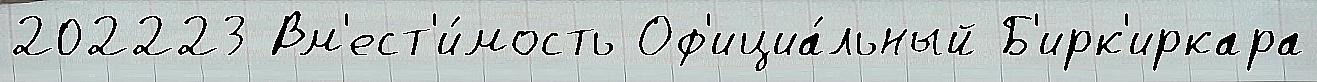
202223 Вм'ест'и́мость Оф'ициа́льный Б'ирк'иркара